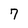
Character: 7